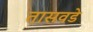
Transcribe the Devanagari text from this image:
तासवडे